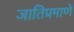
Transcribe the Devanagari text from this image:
जातिप्रमाणे